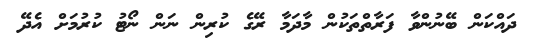
ދައްކަން ބޭނުންވާ ފަރާތްތަކުން މާދަމާ ރޭގެ ކުރިން ނަން ނޯޓު ކުރުމަށް އެދޭ